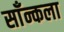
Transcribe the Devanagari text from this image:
साँन्कला